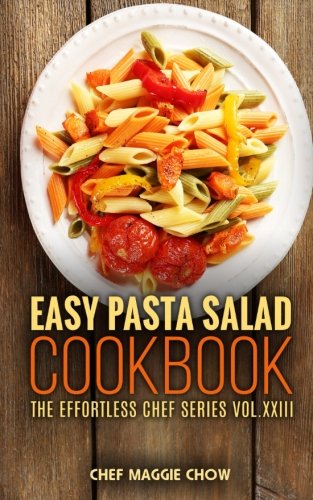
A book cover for Easy Pasta Salad Cookbook; Chef Maggie Chow; Cookbooks, Food & Wine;